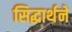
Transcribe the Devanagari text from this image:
सिद्धार्थने